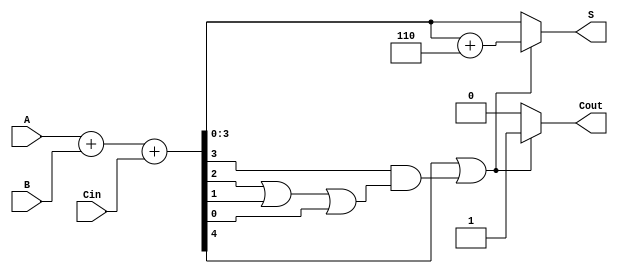
module BCD_Adder (
    input [3:0] A,      // First BCD digit
    input [3:0] B,      // Second BCD digit
    input Cin,          // Carry-in
    output reg [3:0] S, // BCD sum
    output reg Cout     // Carry-out
);

    wire [4:0] Sum;     // 5-bit sum to accommodate overflow
    wire Correction;     // Correction signal

    // Step 1: Binary Addition
    assign Sum = A + B + Cin;

    // Step 2: BCD Correction Logic
    assign Correction = (Sum[4] || (Sum[3] && (Sum[2] || Sum[1] || Sum[0])));

    // Step 3: Final Output Calculation
    always @(*) begin
        if (Correction) begin
            S = Sum[3:0] + 4'b0110; // Apply correction
            Cout = 1;               // Set carry-out if correction is applied
        end else begin
            S = Sum[3:0];           // No correction needed
            Cout = 0;               // No carry-out
        end
    end

endmodule